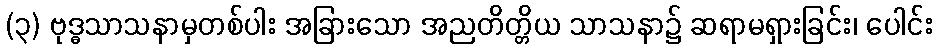
(၃) ဗုဒ္ဓသာသနာမှတစ်ပါး အခြားသော အညတိတ္တိယ သာသနာ၌ ဆရာမရှားခြင်း၊ ပေါင်း